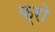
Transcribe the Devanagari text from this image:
फ्रो